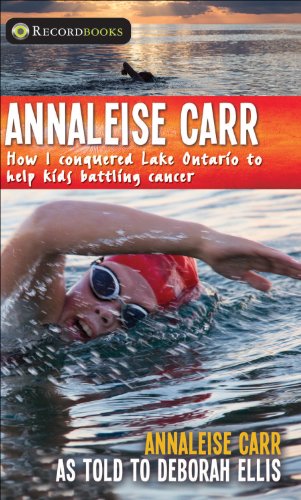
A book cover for Annaleise Carr: How I Conquered Lake Ontario to Help Kids Battling Cancer (Lorimer Recordbooks); Annaleise Carr; Teen & Young Adult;